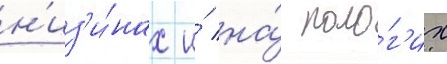
н'из'и́нах и́ на́ поло́г'их